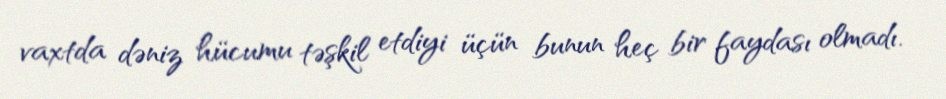
vaxtda dəniz hücumu təşkil etdiyi üçün bunun heç bir faydası olmadı.